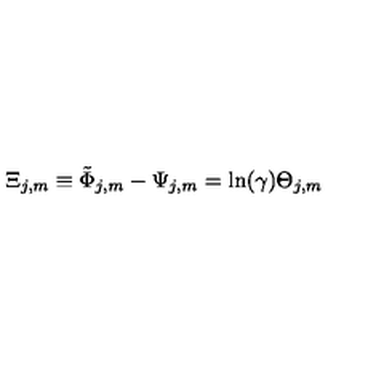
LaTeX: \Xi _ { j , m } \equiv \tilde { \Phi } _ { j , m } - \Psi _ { j , m } = \ln ( \gamma ) \Theta _ { j , m }